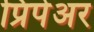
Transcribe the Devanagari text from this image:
प्रिपेअर